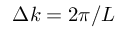
\Delta k = 2 \pi / L